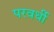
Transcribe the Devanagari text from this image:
परवर्धी